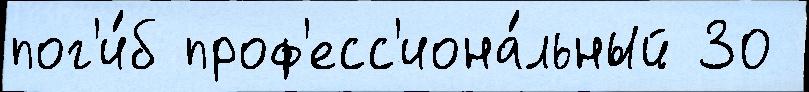
пог'и́б проф'есс'иона́льный 30